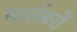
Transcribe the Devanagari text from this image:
मार्लबरों